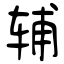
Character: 辅